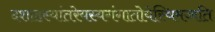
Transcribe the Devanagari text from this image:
दशाहस्यांतरेयस्यगंगातोयेस्थिमज्जति